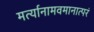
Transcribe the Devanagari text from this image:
मर्त्यानामवमानात्परं